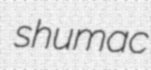
shumac